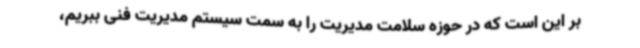
بر این است که در حوزه سلامت مدیریت را به سمت سیستم مدیریت فنی ببریم،